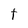
Character: t